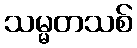
သမ္မတသစ်